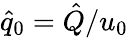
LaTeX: \hat{q}_{0}=\hat{Q}/u_{0}